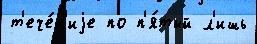
т'ече́н'иjе по п'я́тый л'ишь